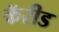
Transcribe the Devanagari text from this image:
कॅरीड